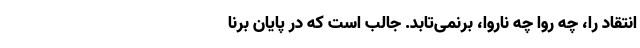
انتقاد را، چه روا چه ناروا، برنمی‌تابد. جالب است که در پایان برنا